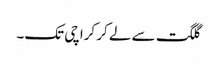
گلگت سے لے کر کراچی تک۔